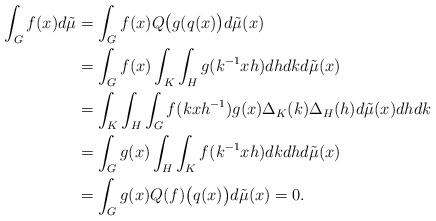
LaTeX: \begin{align*}\int_G f(x)d\tilde{\mu}&=\int_G f(x)Q\big(g(q(x)\big) d\tilde{\mu}(x)\\&=\int_G f(x) \int_K \int_H g (k^{-1}xh) dh dk d\tilde{\mu}(x) \\&=\int_K\int_H\int_G f(kxh^{-1})g(x) \Delta_K(k)\Delta_H(h)d\tilde{\mu}(x)dhdk \\&=\int_G g(x) \int_H \int_K f(k^{-1}xh) dkdhd\tilde{\mu}(x)\\&=\int_G g(x) Q(f) \big(q(x)\big) d\tilde{\mu}(x)=0.\end{align*}